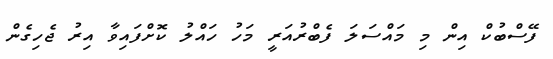
ފޭސްބުކް އިން މި މައްސަލަ ފެބްރުއަރީ މަހު ހައްލު ކޮށްފައިވާ އިރު ޖެހިގެން